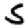
Digit: 5